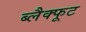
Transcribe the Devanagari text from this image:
ब्लैक्फूट